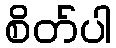
စိတ်ပါ